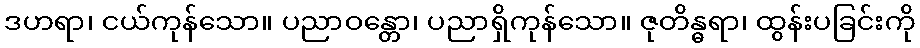
ဒဟရာ၊ ငယ်ကုန်သော။ ပညာဝန္တော၊ ပညာရှိကုန်သော။ ဇုတိန္ဓရာ၊ ထွန်းပခြင်းကို